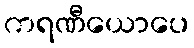
ကရဏီယောပေ